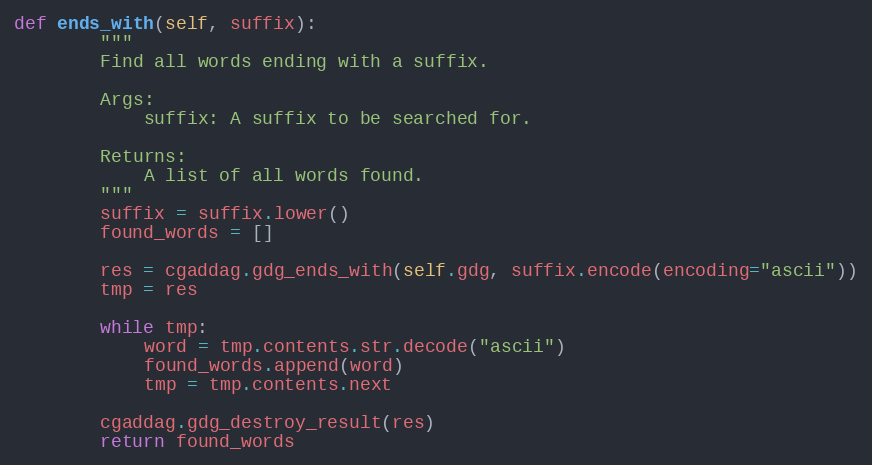
Language: Python
def ends_with(self, suffix):
        """
        Find all words ending with a suffix.

        Args:
            suffix: A suffix to be searched for.

        Returns:
            A list of all words found.
        """
        suffix = suffix.lower()
        found_words = []

        res = cgaddag.gdg_ends_with(self.gdg, suffix.encode(encoding="ascii"))
        tmp = res

        while tmp:
            word = tmp.contents.str.decode("ascii")
            found_words.append(word)
            tmp = tmp.contents.next

        cgaddag.gdg_destroy_result(res)
        return found_words